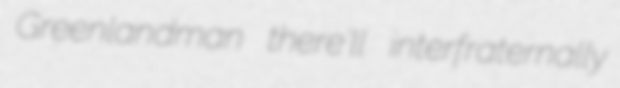
Greenlandman there'll interfraternally